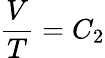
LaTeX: {\frac{V}{T}}=C_{2}